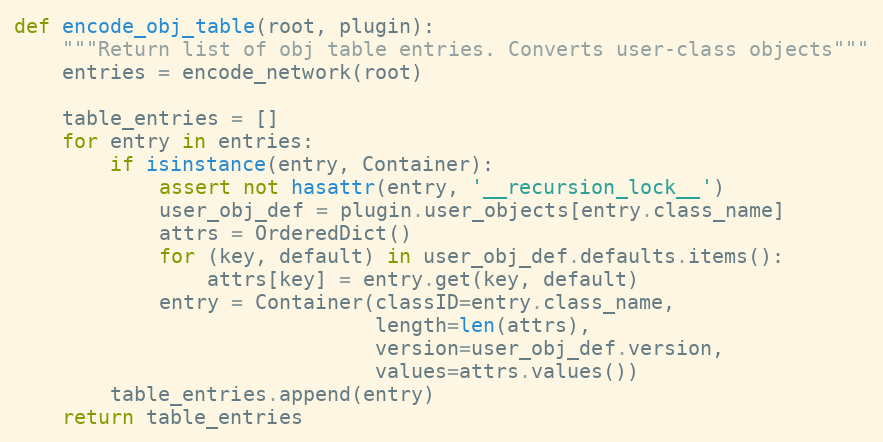
Language: Python
def encode_obj_table(root, plugin):
    """Return list of obj table entries. Converts user-class objects"""
    entries = encode_network(root)

    table_entries = []
    for entry in entries:
        if isinstance(entry, Container):
            assert not hasattr(entry, '__recursion_lock__')
            user_obj_def = plugin.user_objects[entry.class_name]
            attrs = OrderedDict()
            for (key, default) in user_obj_def.defaults.items():
                attrs[key] = entry.get(key, default)
            entry = Container(classID=entry.class_name,
                              length=len(attrs),
                              version=user_obj_def.version,
                              values=attrs.values())
        table_entries.append(entry)
    return table_entries